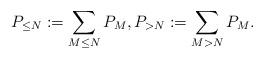
LaTeX: \begin{align*} P_{\leq N}:=\sum_{M\leq N}P_M,P_{> N}:=\sum_{M>N}P_M.\end{align*}